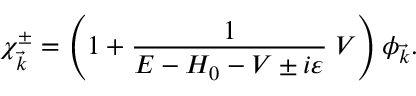
\chi _ { \vec { k } } ^ { \pm } = \left( 1 + \frac { 1 } { E - H _ { 0 } - V \pm i \varepsilon } \; V \right) \phi _ { \vec { k } } .